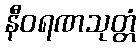
နီဝရဏသုတ္တံ